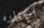
الحراره